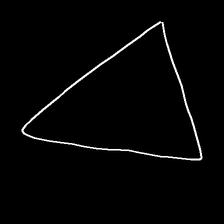
Glyph: convergence